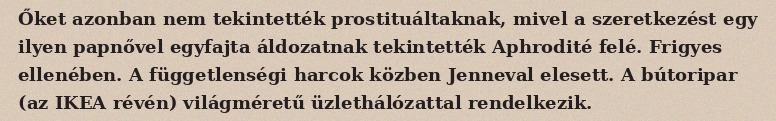
Őket azonban nem tekintették prostituáltaknak, mivel a szeretkezést egy ilyen papnővel egyfajta áldozatnak tekintették Aphrodité felé. Frigyes ellenében. A függetlenségi harcok közben Jenneval elesett. A bútoripar (az IKEA révén) világméretű üzlethálózattal rendelkezik.